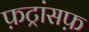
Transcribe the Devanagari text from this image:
फ़ट्रांसफ़